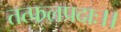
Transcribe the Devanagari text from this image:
तत्फलप्रदाः।।